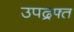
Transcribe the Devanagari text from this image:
उपद्रफ्त